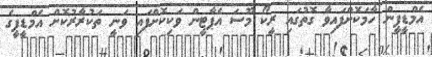
އެމްޑީޕީން ހާމަކޮށްފައިވާ ގޮތުގައި ރީކޯ މޫސަ އެޕާޓީން ވަކިކޮށްފައި ވަނީ ތަކުރާރުކޮށް އެމްޑީޕީގެ